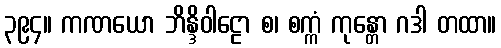
၃၉၄။ ကဏယော ဘိန္ဒိဝါဠော စ၊ စက္ကံ ကုန္တော ဂဒါ တထာ။